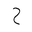
Letter: _ha